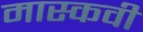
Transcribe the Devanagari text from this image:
मास्कवी